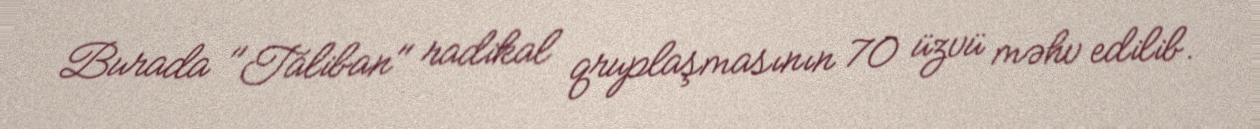
Burada "Taliban" radikal qruplaşmasının 70 üzvü məhv edilib.